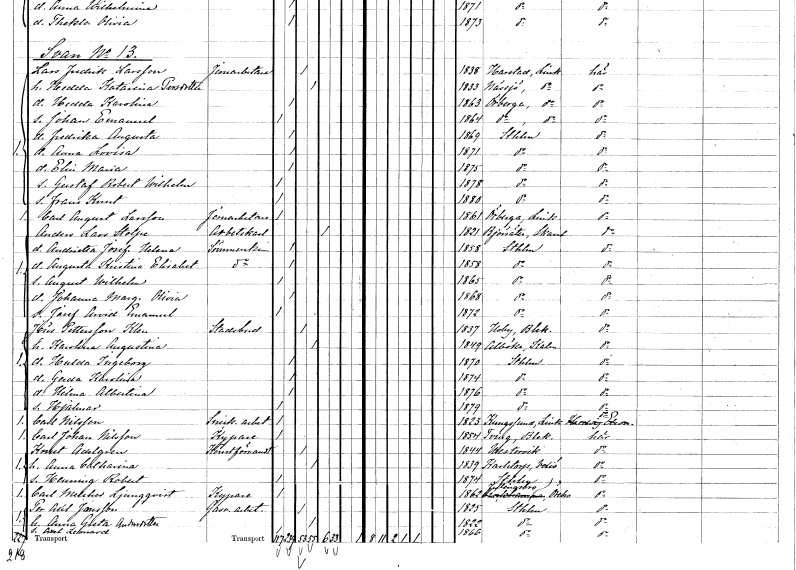
gt_parse: households: individuals: FN: Lars Fredrik
EN: Larsson
YRKE: Järnarbetare
KON: M
CIV: G
FODAR: 1838
FODFORS: Harstad Östergötlands län
FN: Hedda Katarina
EN: Persdotter
KON: K
CIV: G
FODAR: 1833
FODFORS: Nässja Östergötlands län
FN: Hedda Karolina
KON: K
CIV: O
FODAR: 1863
FODFORS: Örberga Östergötlands län
FN: Johan Emanuel
KON: M
CIV: O
FODAR: 1864
FODFORS: Örberga Östergötlands län
FN: Fredrika Augusta
KON: K
CIV: O
FODAR: 1869
FODFORS: Stockholm
FN: Anna Lovisa
KON: K
CIV: O
FODAR: 1871
FODFORS: Stockholm
FN: Elin Maria
KON: K
CIV: O
FODAR: 1875
FODFORS: Stockholm
FN: Gustaf Robert Wilhelm
KON: M
CIV: O
FODAR: 1878
FODFORS: Stockholm
FN: Frans Knut
KON: M
CIV: O
FODAR: 1880
FODFORS: Stockholm
FN: Carl August
EN: Larsson
YRKE: Järnarbetare
KON: M
CIV: O
FODAR: 1861
FODFORS: Örberga Östergötlands län
FN: Anders Lars
EN: Stolpe
YRKE: Arbetskarl
KON: M
CIV: E
FODAR: 1821
FODFORS: Björsäter Skaraborgs län
FN: Andrietta Josefina Helena
YRKE: Sömmerska
KON: K
CIV: O
FODAR: 1858
FODFORS: Stockholm
FN: Augusta Kristina Elisabet
YRKE: Sömmerska
KON: K
CIV: O
FODAR: 1858
FODFORS: Stockholm
FN: August Wilhelm
KON: M
CIV: O
FODAR: 1865
FODFORS: Stockholm
FN: Johanna Margareta Olivia
KON: K
CIV: O
FODAR: 1868
FODFORS: Stockholm
FN: Josef Arvid Emanuel
KON: M
CIV: O
FODAR: 1872
FODFORS: Stockholm
FN: Jöns
EN: Pettersson Klen
YRKE: Stadsbud
KON: M
CIV: G
FODAR: 1837
FODFORS: Bräkne-Hoby Blekinge län
FN: Karolina Augustina
KON: K
CIV: G
FODAR: 1849
FODFORS: Alböke Kalmar län
FN: Hulda Ingeborg
KON: K
CIV: O
FODAR: 1870
FODFORS: Stockholm
FN: Gerda Karolina
KON: K
CIV: O
FODAR: 1874
FODFORS: Stockholm
FN: Hilma Albertina
KON: K
CIV: O
FODAR: 1876
FODFORS: Stockholm
FN: Hjalmar
KON: M
CIV: O
FODAR: 1879
FODFORS: Stockholm
FN: Carl
EN: Nilsson
YRKE: Snickeriarbetare
KON: M
CIV: O
FODAR: 1823
FODFORS: Konungsund Östergötlands län
FN: Carl Johan
EN: Nilsson
YRKE: Kypare
KON: M
CIV: O
FODAR: 1854
FODFORS: Tving Blekinge län
FN: Knut
EN: Adelgren
YRKE: Konstförvandt
KON: M
CIV: G
FODAR: 1844
FODFORS: Västervik Kalmar län
FN: Anna Catharina
KON: K
CIV: G
FODAR: 1839
FODFORS: Karlstorp Jönköpings län
FN: Henning Robert
KON: M
CIV: O
FODAR: 1874
FODFORS: Stockholm
FN: Carl Melcher
EN: Ljungqvist
YRKE: Kypare
KON: M
CIV: O
FODAR: 1862
FODFORS: Fellingsbro Örebro län
FN: Per Axel
EN: Jansson
YRKE: Gasverksarbetare
KON: M
CIV: G
FODAR: 1825
FODFORS: Stockholm
FN: Anna Greta
EN: Andersdotter
KON: K
CIV: G
FODAR: 1822
FODFORS: Stockholm
FN: Axel Leonard
KON: M
CIV: O
FODAR: 1866
FODFORS: Stockholm